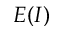
E ( I )